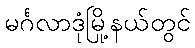
မင်္ဂလာဒုံမြို့နယ်တွင်